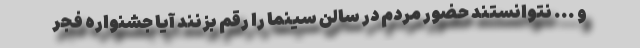
و ... نتوانستند حضور مردم در سالن سینما را رقم بزنند آیا جشنواره فجر